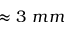
\approx 3 ~ m m